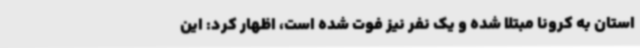
استان به کرونا مبتلا شده‌ و یک نفر نیز فوت شده است، اظهار کرد: این